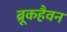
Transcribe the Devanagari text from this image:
ब्रूकहैवन